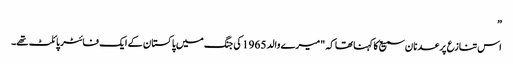
”
اس تنازع پر عدنان سمیع کا کہنا تھا کہ "میرے والد 1965 کی جنگ میں پاکستان کے ایک فائٹر پائلٹ تھے۔